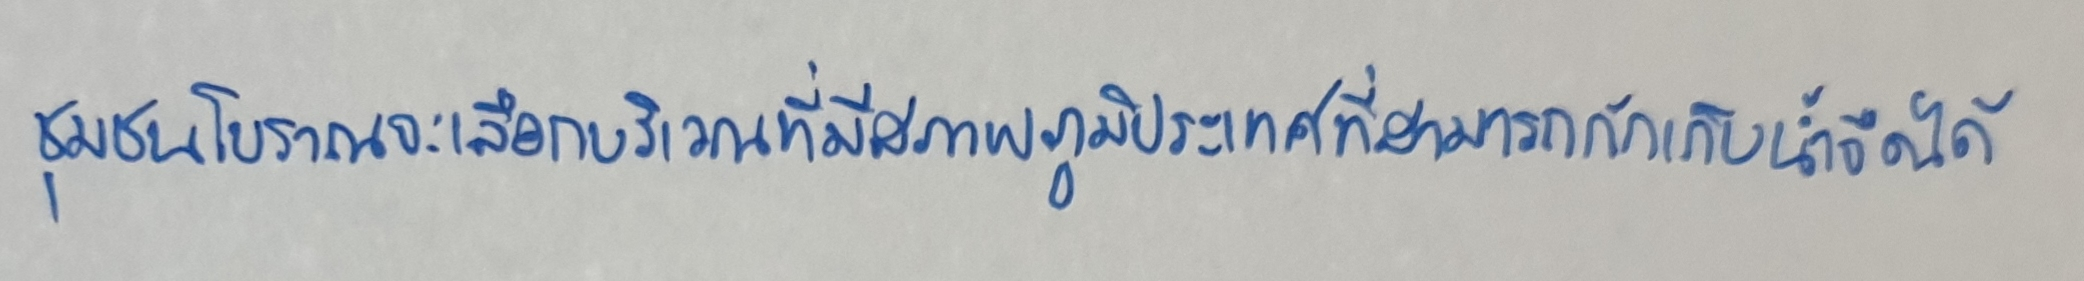
ชุมชนโบราณจะเลือกบริเวณที่มีสภาพภูมิประเทศที่สามารถกักเก็บน้ำจืดได้